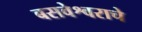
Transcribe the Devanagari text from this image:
बसवेश्वराचे